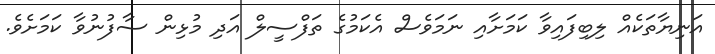
އަނިޔާތަކެއް ލިބިފައިވާ ކަމަށާއި ނަމަވެސް އެކަމުގެ ތަފްސީލް އަދި މުޅިން ސާފުނުވާ ކަމަށެވެ.